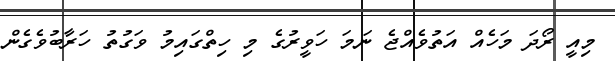
މިއީ ރޯދަ މަހެއް އަތުވެއްޖެ ނަމަ ހަވީރުގެ މި ހިތްގައިމު ވަގުތު ހަރާބުވެގެން